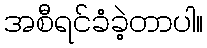
အစီရင်ခံခဲ့တာပါ။